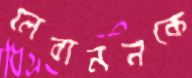
লেবাননকে